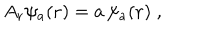
LaTeX: { A } _ { \bf r } \psi _ { a } ( { \bf r } ) = a \, \psi _ { a } ( { \bf r } ) \; ,